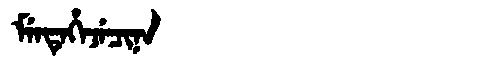
Manchu: ᠮᡝᠨᡨᡝᡥᡝᠵᡝᠴᡳᠨᠠ
Romanization: MENTEHEJECINA